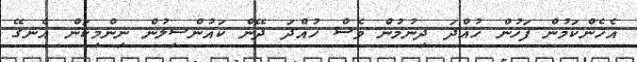
އެހެންކަމުން ފަހުން ހުއްދަ ދިނުމުން ވެސް ހުއްދަ ދޭން ކައުންސިލުން ނިންމިކަން އެނގޭ